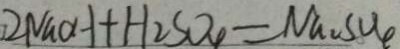
2 N a O H + H _ { 2 } S O _ { 4 } = N a _ { 2 } S O _ { 4 }